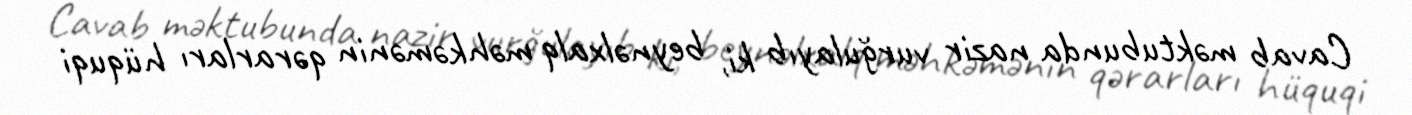
Cavab məktubunda nazir vurğulayıb ki, beynəlxalq məhkəmənin qərarları hüquqi